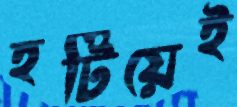
হটিয়েই